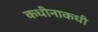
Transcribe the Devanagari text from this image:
कधीनाकधी